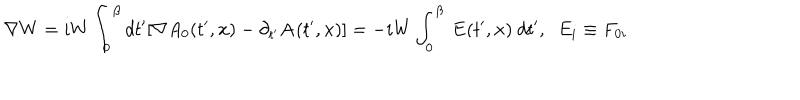
{ \bf \nabla } W = i W \int _ { 0 } ^ { \beta } d t ^ { \prime } [ \nabla A _ { 0 } ( t ^ { \prime } , { \bf x } ) - \partial _ { t ^ { \prime } } { \bf A } ( t ^ { \prime } , { \bf x } ) ] = - i W \int _ { 0 } ^ { \beta } ~ { \bf E } ( t ^ { \prime } , { \bf x } ) ~ d t ^ { \prime } , \; \; E _ { i } \equiv F _ { 0 i }